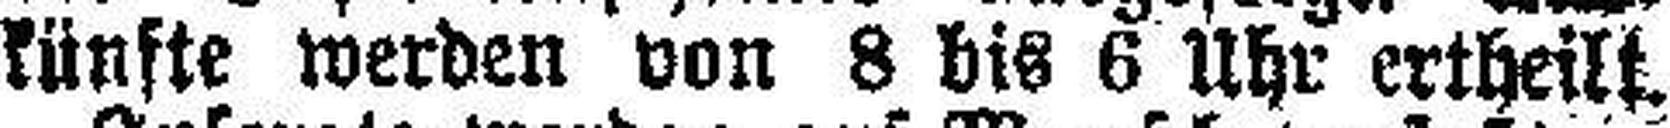
künfte werden von 8 bis 6 Uhr ertheilt.